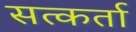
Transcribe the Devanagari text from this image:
सत्कर्ता